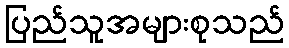
ပြည်သူအများစုသည်